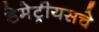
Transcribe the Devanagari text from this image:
डेमेट्रीयसचे